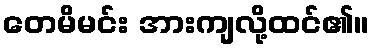
တေမိမင်း အားကျလို့ထင်၏။